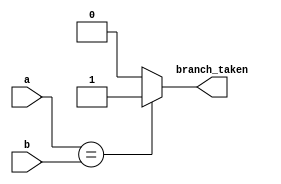
`timescale 1ns / 1ps
//////////////////////////////////////////////////////////////////////////////////
// Company: 
// Engineer: 
// 
// Design Name: 
// Module Name:    comparator 
// Project Name: 
// Target Devices: 
// Tool versions: 
// Description: 
//
// Dependencies: 
//
// Revision: 
// Revision 0.01 - File Created
// Additional Comments: 
//
//////////////////////////////////////////////////////////////////////////////////
module comparator(
input [31:0] a,
input [31:0] b,
output reg branch_taken
    );

always@(*)
begin

if (a==b)
branch_taken=1;

else branch_taken=0;


end
endmodule